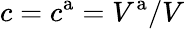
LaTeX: c=c^{\mathrm{a}}=V^{\mathrm{a}}/V